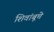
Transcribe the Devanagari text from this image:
शिवांबूचे